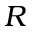
R